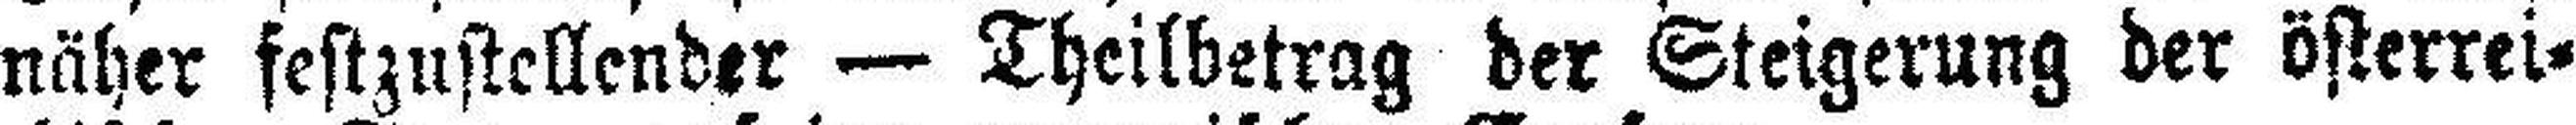
näher festzustellender — Theilbetrag der Steigerung der österrei¬